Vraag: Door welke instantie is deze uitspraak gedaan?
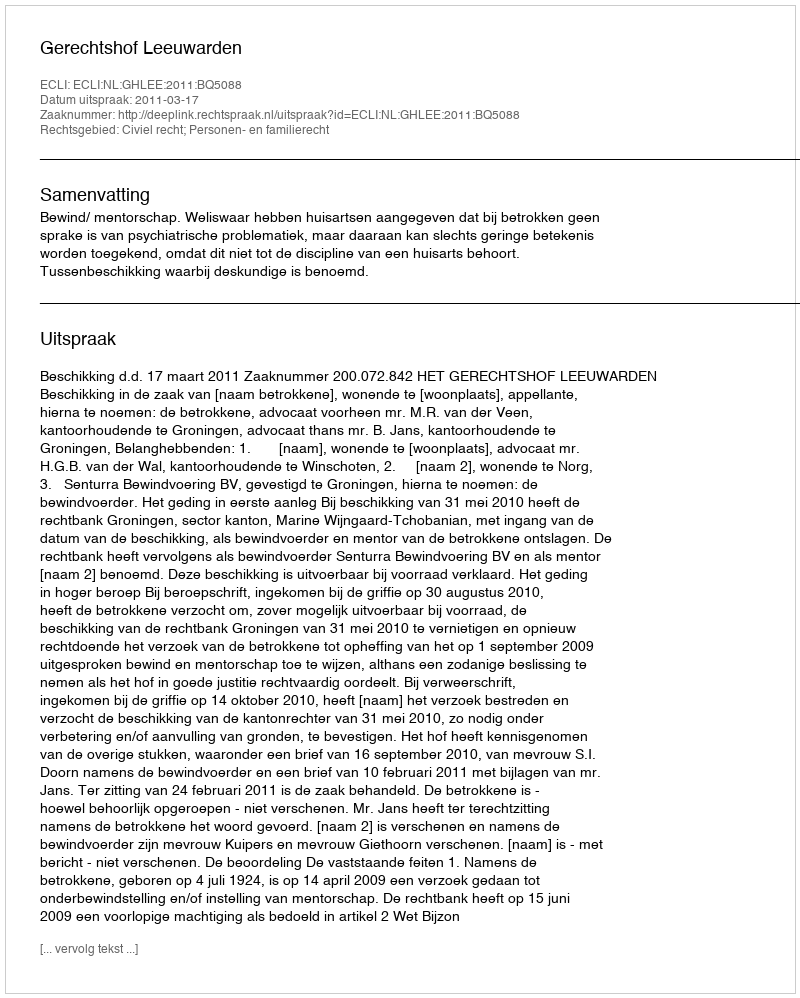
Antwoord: Gerechtshof Leeuwarden